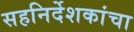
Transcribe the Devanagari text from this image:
सहनिर्देशकांचा